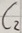
Text: C2